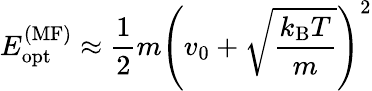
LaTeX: E_{\textrm{opt}}^{(\textrm{MF})}\approx\frac{1}{2}m\left(v_{0}+\sqrt{\frac{k_{\textrm{B}}T}{m}}\right)^{2}